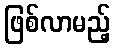
ဖြစ်လာမည့်